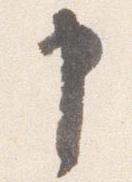
申